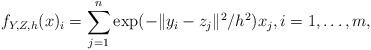
LaTeX: \begin{align*}f_{Y,Z,h}(x)_i = \sum_{j=1}^n\exp(-\|y_{i}-z_{j}\|^2/h^2)x_j,i=1,\ldots,m,\end{align*}